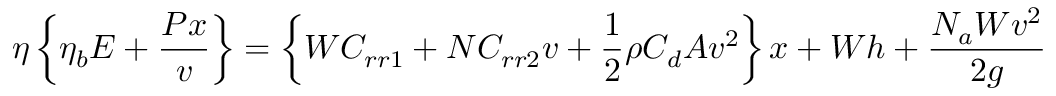
\eta \left\{ \eta _ { b } E + { \frac { P x } { v } } \right\} = \left\{ W C _ { r r 1 } + N C _ { r r 2 } v + { \frac { 1 } { 2 } } \rho C _ { d } A v ^ { 2 } \right\} x + W h + { \frac { N _ { a } W v ^ { 2 } } { 2 g } }